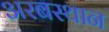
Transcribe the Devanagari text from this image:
अरबस्थान